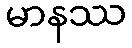
မာနဿ